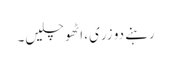
رہنے دو زری، اٹھو چلیں۔